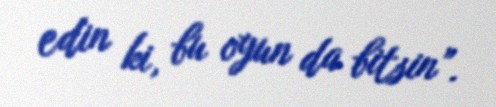
edin ki, bu oyun da bitsin”.